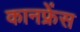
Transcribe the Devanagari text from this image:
कानफ्रेंस